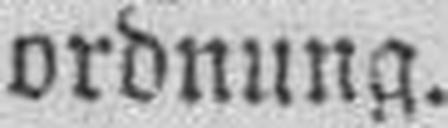
ordnung.